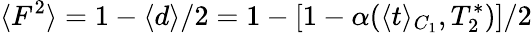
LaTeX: \langle F^{2}\rangle=1-\langle d\rangle/2=1-[1-\alpha(\langle t\rangle_{C_{1}},T_{2}^{*})]/2